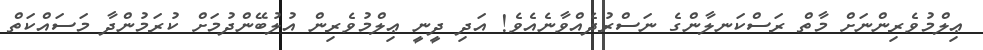
ޢިލްމުވެރިންނަށް މާތް ރަސްކަނލާންގެ ނަސްރުދެއްވާނެއެވެ! އަދި ދީނީ ޢިލްމުވެރިން އުލުބޭންދުމަށް ކުރަމުންދާ މަސައްކަތް